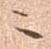
ニ